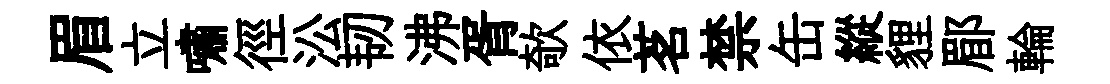
眉立嘯徑㳂韧沸胥欹依茗禁缶縱貍郿輪